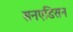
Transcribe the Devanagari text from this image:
सनएडिसन